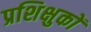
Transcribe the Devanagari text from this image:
प्रशिक्षुकों